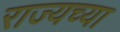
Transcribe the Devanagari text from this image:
राज्यच्या